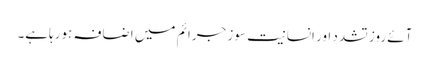
آئے روز تشدد اور انسانیت سوز جرائم میں اضافہ ہورہاہے۔